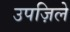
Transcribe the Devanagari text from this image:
उपज़िले